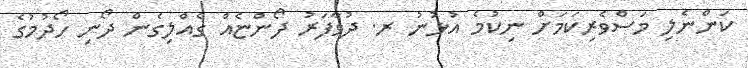
ކަންނެލި މަސްވެރިކަމަށް ނިކުމެ އުޅުނު ރ. ދުވާފަރު ދޯންޏެއް ގެއްލިގެން ދޯނި ހޯޯދުމުގެ